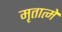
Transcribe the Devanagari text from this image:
मृतात्मे